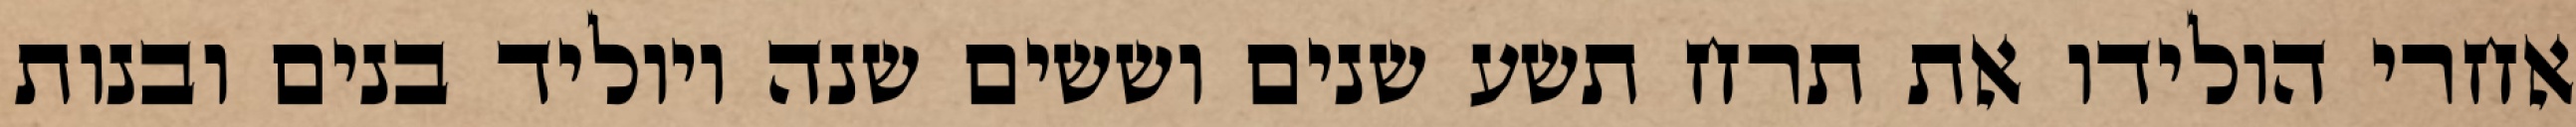
אחרי הולידו את תרח תשע שנים וששים שנה ויוליד בנים ובנות